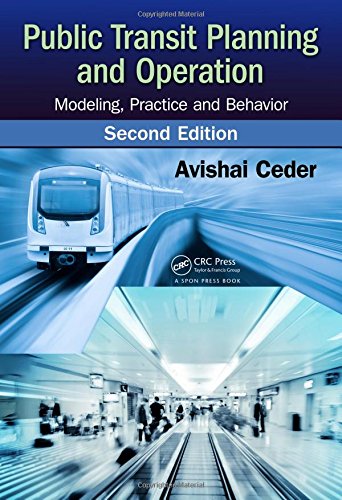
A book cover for Public Transit Planning and Operation: Modeling, Practice and Behavior, Second Edition; Avishai Ceder; Engineering & Transportation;